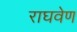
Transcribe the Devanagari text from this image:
राघवेण